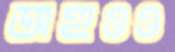
অহুওও